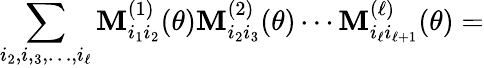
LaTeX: \sum_{i_{2},i,_{3},\ldots,i_{\ell}}\mathbf{M}_{i_{1}i_{2}}^{(1)}(\theta)\mathbf{M}_{i_{2}i_{3}}^{(2)}(\theta)\cdots\mathbf{M}_{i_{\ell}i_{\ell+1}}^{(\ell)}(\theta)=